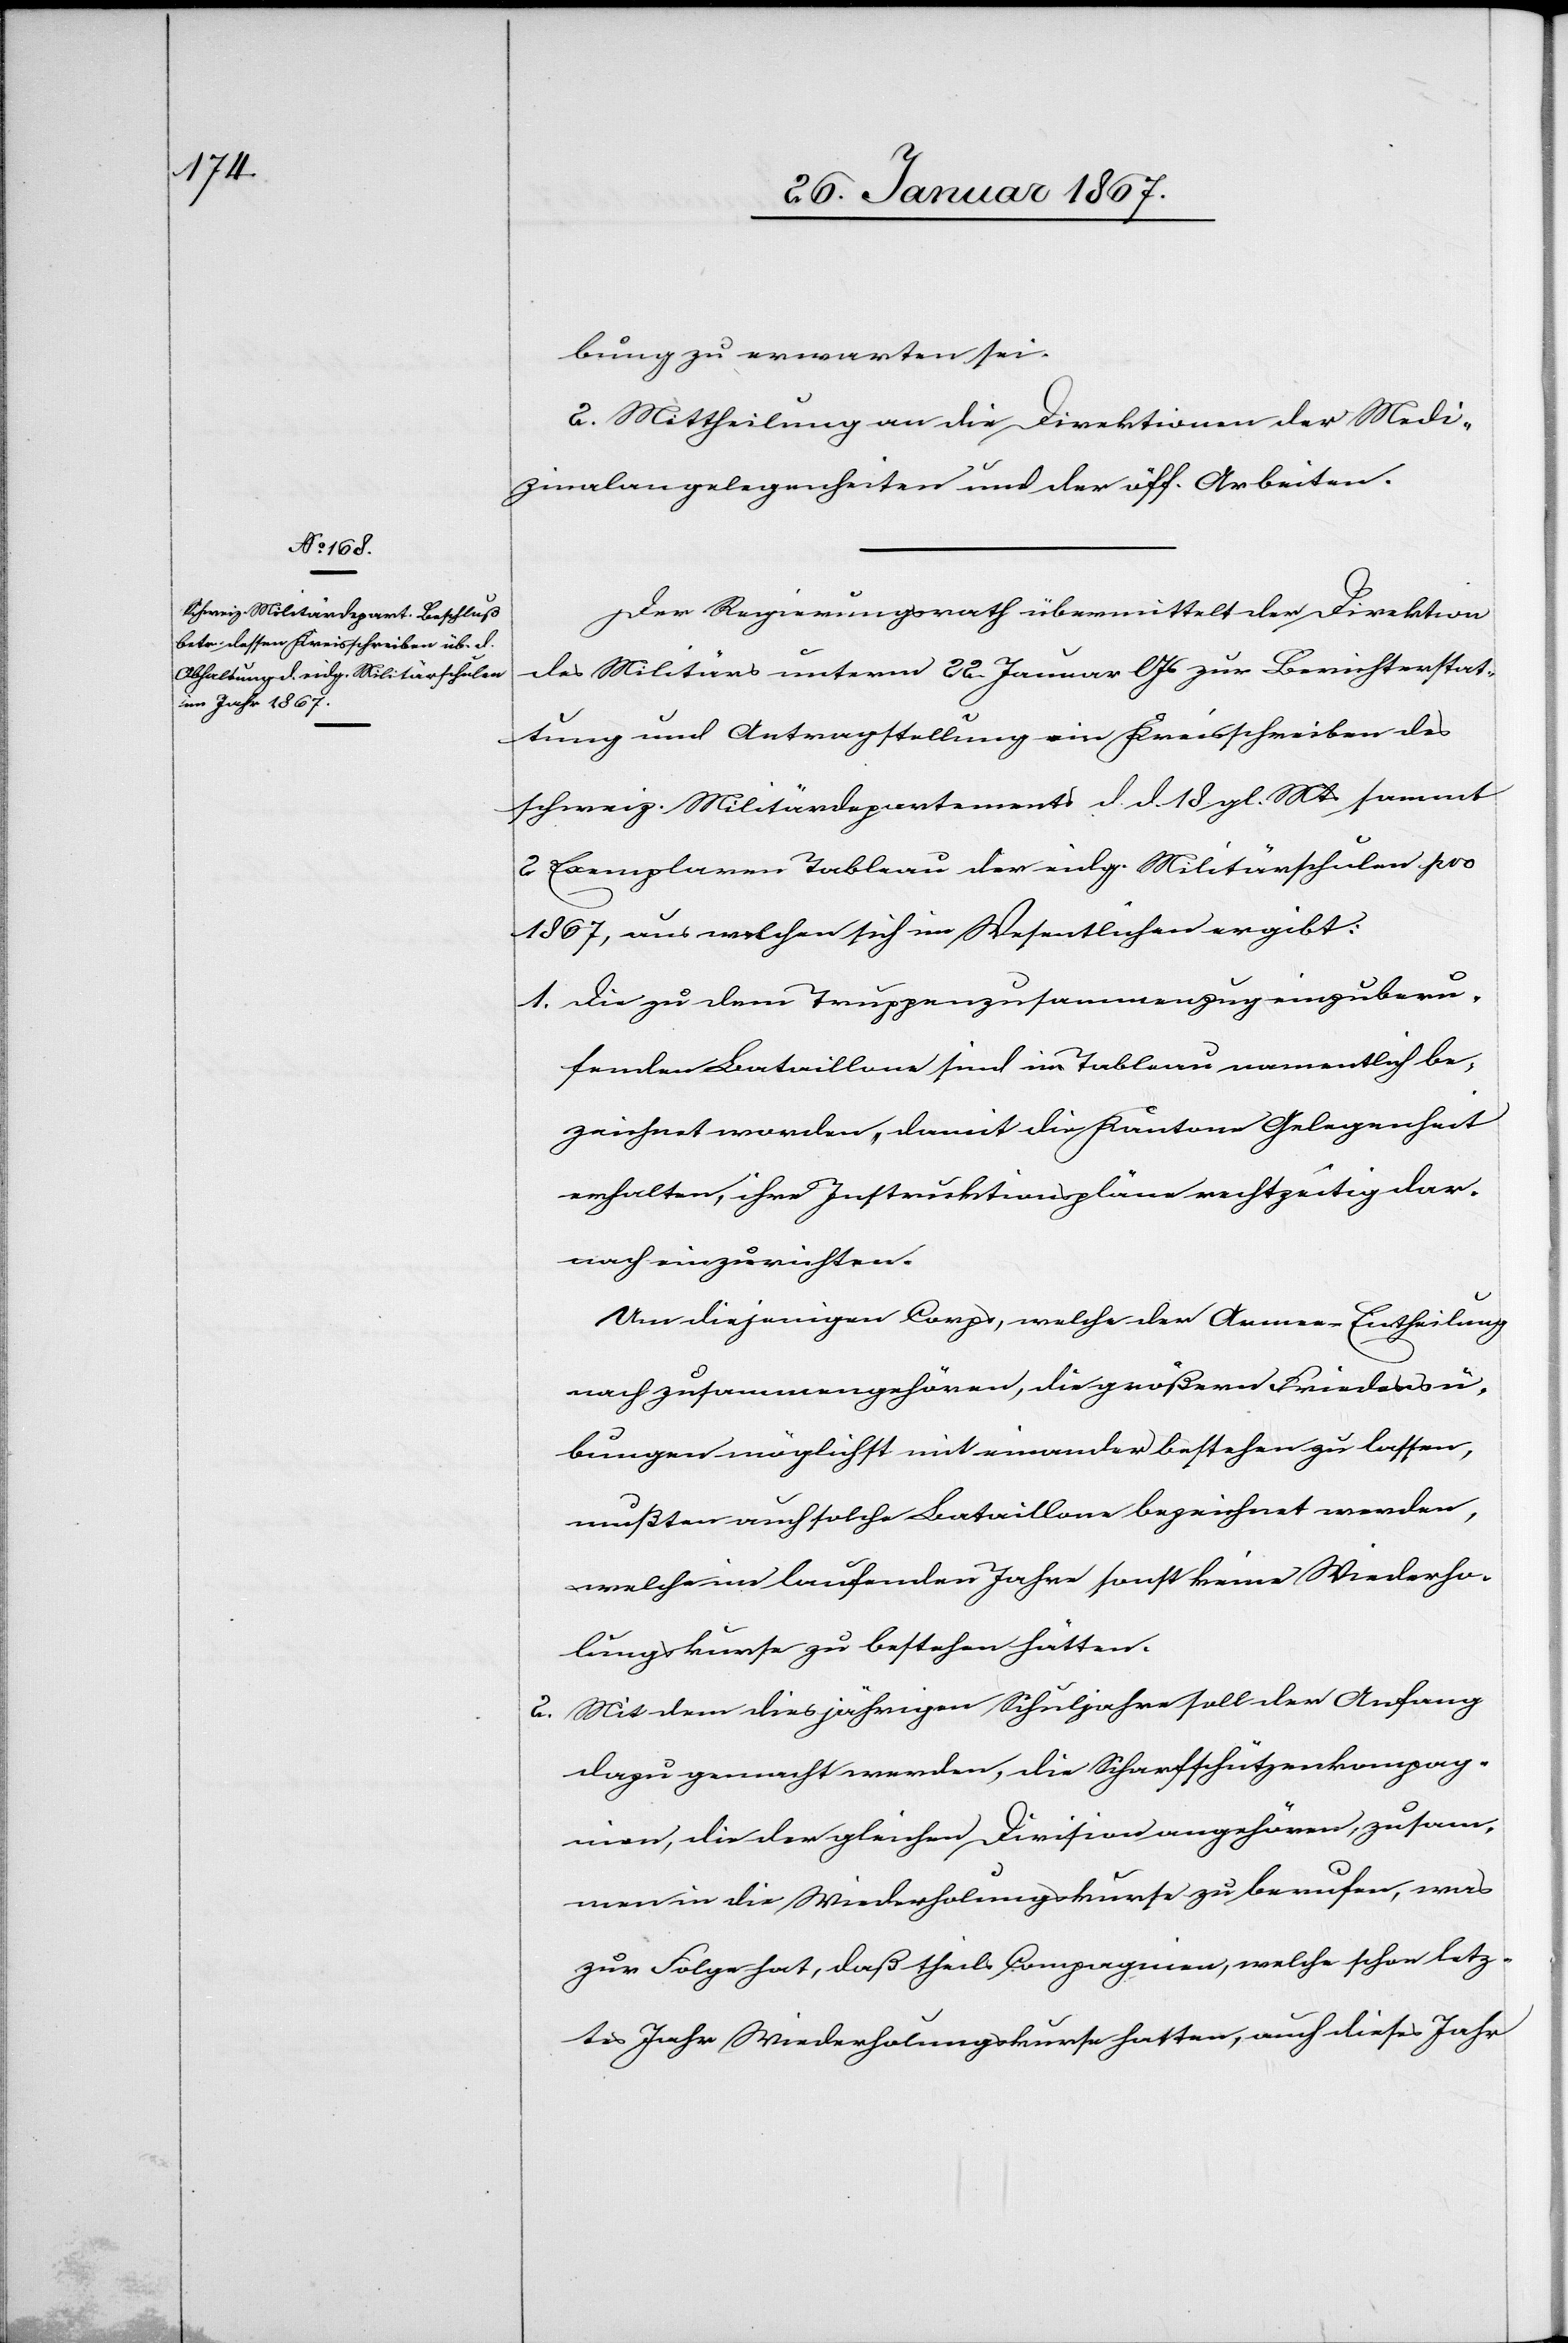
bung zu erwarten sei.
2. Mittheilung an die Direktion der Medi¬
zinalangelegenheiten und der öff. Arbeiten.
Der Regierungsrath übermittelt der Direktion
des Militärs unterm 22. Januar l. Js zur Berichterstat¬
tung und Antragstellung ein Kreisschreiben des
schweiz. Militärdepartements d. d. 18. gl. Mts sammt
2 Exemplaren Tableau der eidg. Militärschulen pro
1867, aus welchen sich im Wesentlichen ergibt:
1. Die zu dem Truppenzusammenzug einzuberu¬
fenden Bataillone sind im Tableau namentlich be¬
zeichnet worden, damit die Kantone Gelegenheit
erhalten, ihre Instruktionspläne rechtzeitig da¬
nach auszurichten.
Um diejenigen Corps, welche der Armee-Eintheilung
nach zusammengehören, die größern Friedensü¬
bungen möglichst mit einander bestehen zu lassen,
mußten auch solche Bataillone bezeichnet werden,
welche im laufenden Jahre sonst keine Wiederho¬
lungskurse zu bestehen hätten.
2. Mit dem diesjährigen Schuljahre soll der Anfang
dazu gemacht werden, die Scharfschützenkompag¬
nien, die der gleichen Division angehören, zusam¬
men in die Wiederholungskurse zu berufen, was
zur Folge hat, daß theils Compagnien, welche schon letz¬
tes Jahr Wiederholungskurse hatten, auch dieses Jahr